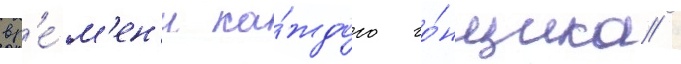
вр'е́м'ен'и ка́ждого го́нщика /